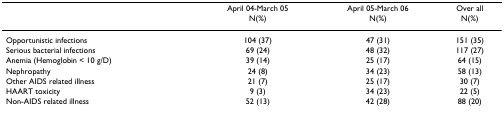
<table><thead><tr><td></td><td><b>April 04-March 05 N(%)</b></td><td><b>April 05-March 06 N(%)</b></td><td><b>Over all N(%)</b></td></tr></thead><tbody><tr><td>Opportunistic infections</td><td>104 (37)</td><td>47 (31)</td><td>151 (35)</td></tr><tr><td>Serious bacterial infections</td><td>69 (24)</td><td>48 (32)</td><td>117 (27)</td></tr><tr><td>Anemia (Hemoglobin &lt; 10 g/D)</td><td>39 (14)</td><td>25 (17)</td><td>64 (15)</td></tr><tr><td>Nephropathy</td><td>24 (8)</td><td>34 (23)</td><td>58 (13)</td></tr><tr><td>Other AIDS related illness</td><td>21 (7)</td><td>25 (17)</td><td>30 (7)</td></tr><tr><td>HAART toxicity</td><td>9 (3)</td><td>34 (23)</td><td>22 (5)</td></tr><tr><td>Non-AIDS related illness</td><td>52 (13)</td><td>42 (28)</td><td>88 (20)</td></tr></tbody></table>